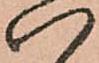
八